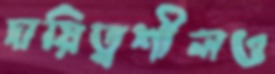
দায়িত্বশীলও